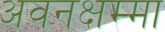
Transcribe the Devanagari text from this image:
अवनक्षम्मा